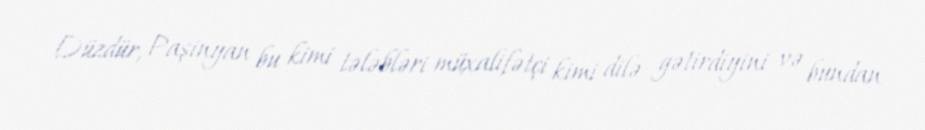
Düzdür, Paşinyan bu kimi tələbləri müxalifətçi kimi dilə gətirdiyini və bundan